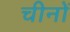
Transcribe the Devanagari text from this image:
चीनों